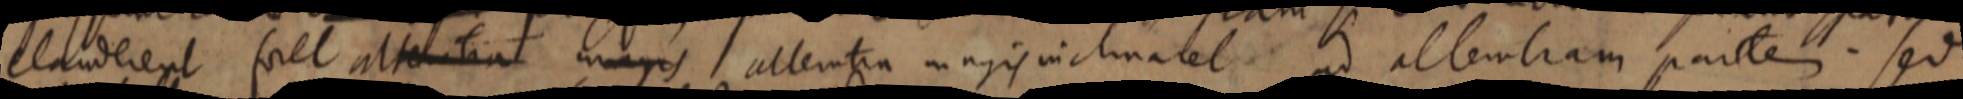
clauderent falt altentia magis alteratia magis inclinatet ad altemtiam partem. Sed